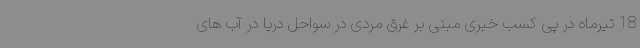
18 تیرماه در پی کسب خبری مبنی بر غرق مردی در سواحل دریا در آب های